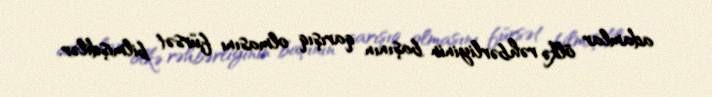
adamlar ölkə rəhbərliyinin başının qarışıq olmasını fürsət bilmişdilər.